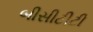
બીસીટીટી